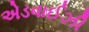
એડવાઈઝી